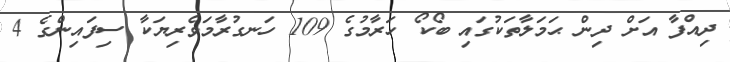
ދިއްފާ އަށް ދިން ޙަމަލާތަކުގައި ބޯކޯ ހަރާމުގެ 109 ހަނގުރާމަވެރިޔަކާ ސިފައިންގެ 4